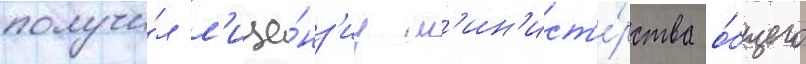
получи́л л'ице́нз'иу м'ин'ист'е́рства о́бщего